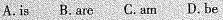
A.is B.are C. am D. be